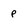
Character: P